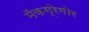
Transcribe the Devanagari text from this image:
मॅकग्रेगोर